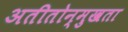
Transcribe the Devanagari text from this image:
अतीतोन्मुखता